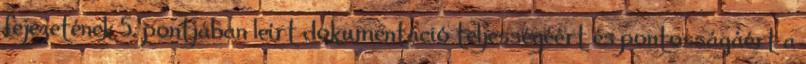
fejezetének 5. pontjában leírt dokumentáció teljességéért és pontosságáért a